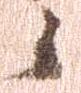
候